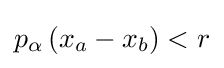
p_{\alpha }\left(x_{a}-x_{b}\right)<r